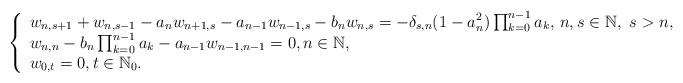
LaTeX: \begin{align*} \left\{\begin{array}lw_{n,s+1}+w_{n,s-1}-a_nw_{n+1,s}-a_{n-1}w_{n-1,s}-b_nw_{n,s}=-\delta_{s,n}(1-a_n^2)\prod_{k=0}^{n-1}a_k,\,n,s\in \mathbb{N}, \,\,s>n,\\w_{n,n}-b_n\prod_{k=0}^{n-1}a_k-a_{n-1}w_{n-1,n-1}=0,n\in \mathbb{N},\\w_{0,t}=0,t\in \mathbb{N}_0.\end{array}\right.\end{align*}